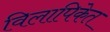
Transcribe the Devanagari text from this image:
विलापिकेत